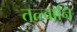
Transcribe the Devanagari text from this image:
तत्त्वानि